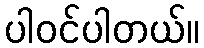
ပါဝင်ပါတယ်။